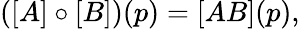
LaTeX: \begin{array}{r}{\left([A]\circ[B]\right)(p)=[AB](p),}\end{array}